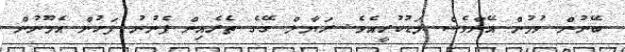
ބޭނުން ވުމުން އޭނާވެސް މަޑުކުރީއެވެ. ރަޔާލް ގޭގެ ތެރެއިން ފެނުނު ފަހުން އެމޫނުން